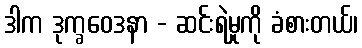
ဒါက ဒုက္ခဝေဒနာ - ဆင်းရဲမှုကို ခံစားတယ်၊